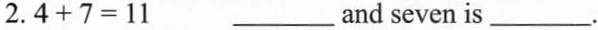
2.$$4 + 7 = 1 1$$ ___and seven is___.